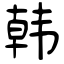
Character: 韩